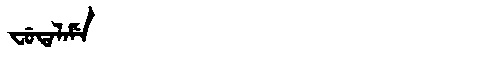
Manchu: ᠸᡠᡨᠠᠯᠠᠮᡝ
Romanization: FUTALAME